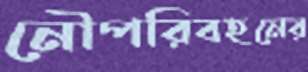
নৌপরিবহনের